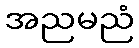
အညမညံ